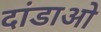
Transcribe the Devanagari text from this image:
दांडाओ